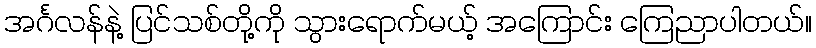
အင်္ဂလန်နဲ့ ပြင်သစ်တို့ကို သွားရောက်မယ့် အကြောင်း ကြေညာပါတယ်။